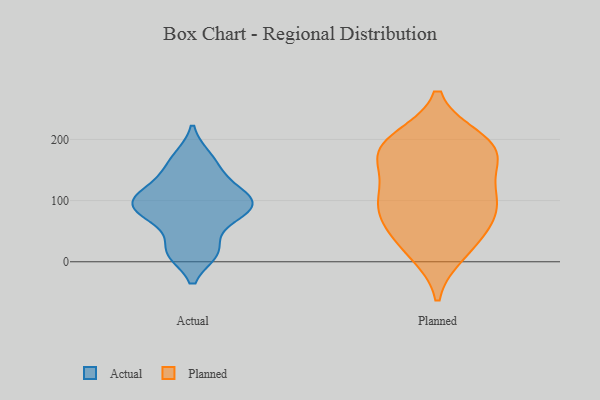
{"axis": {"x": "Inventory Turnover", "y": "Value"}, "legend": ["Actual", "Planned"], "data": [{"x": "", "y": 93, "type": "Actual"}, {"x": "", "y": 118, "type": "Actual"}, {"x": "", "y": 104, "type": "Actual"}, {"x": "", "y": 146, "type": "Actual"}, {"x": "", "y": 15, "type": "Actual"}, {"x": "", "y": 78, "type": "Actual"}, {"x": "", "y": 67, "type": "Actual"}, {"x": "", "y": 97, "type": "Actual"}, {"x": "", "y": 172, "type": "Actual"}, {"x": "", "y": 17, "type": "Actual"}, {"x": "", "y": 106, "type": "Planned"}, {"x": "", "y": 27, "type": "Planned"}, {"x": "", "y": 101, "type": "Planned"}, {"x": "", "y": 50, "type": "Planned"}, {"x": "", "y": 192, "type": "Planned"}, {"x": "", "y": 90, "type": "Planned"}, {"x": "", "y": 184, "type": "Planned"}, {"x": "", "y": 16, "type": "Planned"}, {"x": "", "y": 175, "type": "Planned"}, {"x": "", "y": 199, "type": "Planned"}, {"x": "", "y": 71, "type": "Planned"}, {"x": "", "y": 103, "type": "Planned"}, {"x": "", "y": 158, "type": "Planned"}, {"x": "", "y": 181, "type": "Planned"}]}